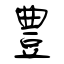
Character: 豊